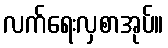
လက်ရေးလှစာအုပ်။